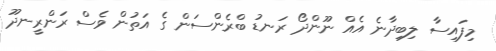
މިފައިސާ ލިބިދާނެ އެެއް ނޫންދޯ ރަނޑު ބްރެންސަން ގެ އަތުން ވެސް ރަންރީނދޫ